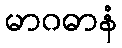
မာဂဓာနံ